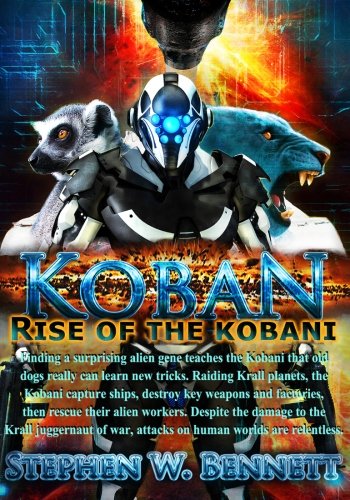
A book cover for Koban: Rise of the Kobani (Volume 3); Stephen W Bennett; Science Fiction & Fantasy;